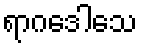
ရာဂဒေါသေ